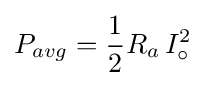
{P_{avg}={1 \over 2}R_{a}\,I_{\circ }^{2}}